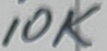
Text: 10K